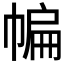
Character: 𱜯